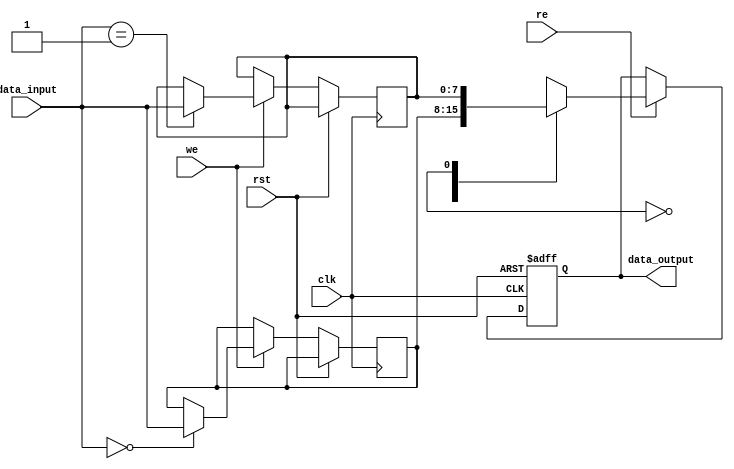
module EEPROM_design (
  input wire clk,
  input wire rst,
  input wire [7:0] data_input,
  input wire we,
  input wire re,
  output reg [7:0] data_output
);

reg [7:0] memory_array [0:255];

always @(posedge clk or posedge rst) begin
  if (rst) begin
    data_output <= 8'b0;
  end else begin
    if (we) begin
      memory_array[data_input] <= data_input;
    end
    if (re) begin
      data_output <= memory_array[address];
    end
  end
end

endmodule